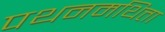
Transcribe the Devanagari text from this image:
पथनमथित्ता